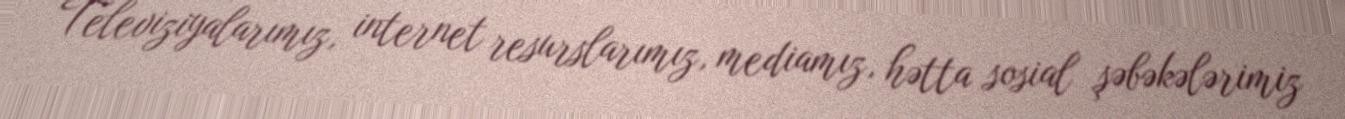
Televiziyalarımız, internet resurslarımız, mediamız, hətta sosial şəbəkələrimiz